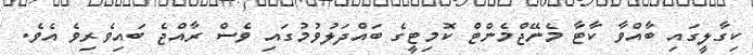
ކިގާލީގައި ބާއްވާ ކާޓާ މެނޭޖްމެންޓް ކޮމިޓީގެ ބައްދަލުވުމުގައި ވެސް ރާއްޖެ ބައިވެރިވެ އެވެ.